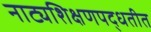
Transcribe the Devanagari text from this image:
नाट्यशिक्षणपद्धतीत